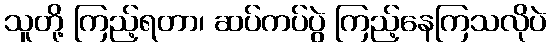
သူတို့ ကြည့်ရတာ၊ ဆပ်ကပ်ပွဲ ကြည့်နေကြသလိုပဲ